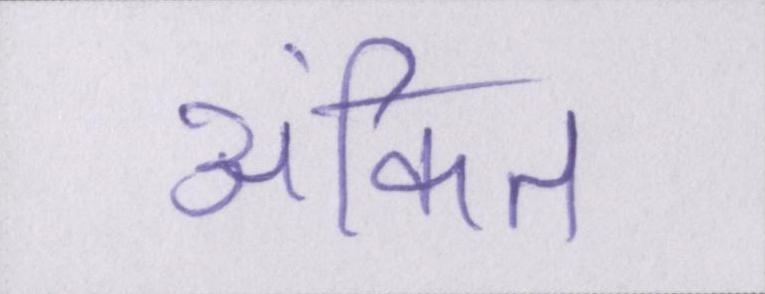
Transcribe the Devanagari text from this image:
अंकित